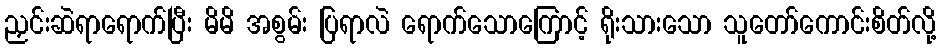
ညှင်းဆဲရာရောက်ပြီး မိမိ အစွမ်း ပြရာလဲ ရောက်သောကြောင့် ရိုးသားသော သူတော်ကောင်းစိတ်လို့